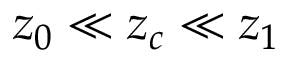
z _ { 0 } \ll z _ { c } \ll z _ { 1 }